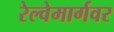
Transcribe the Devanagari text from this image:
रेल्वेमार्गवर